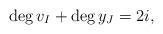
LaTeX: \begin{align*}\deg v_I+\deg y_{J}=2i,\end{align*}